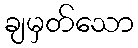
ချမှတ်သော